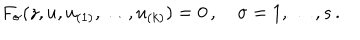
F _ { \sigma } ( z , u , u _ { ( 1 ) } , \ldots , u _ { ( k ) } ) = 0 \, , \quad \sigma = 1 , \ldots { } , s \, .